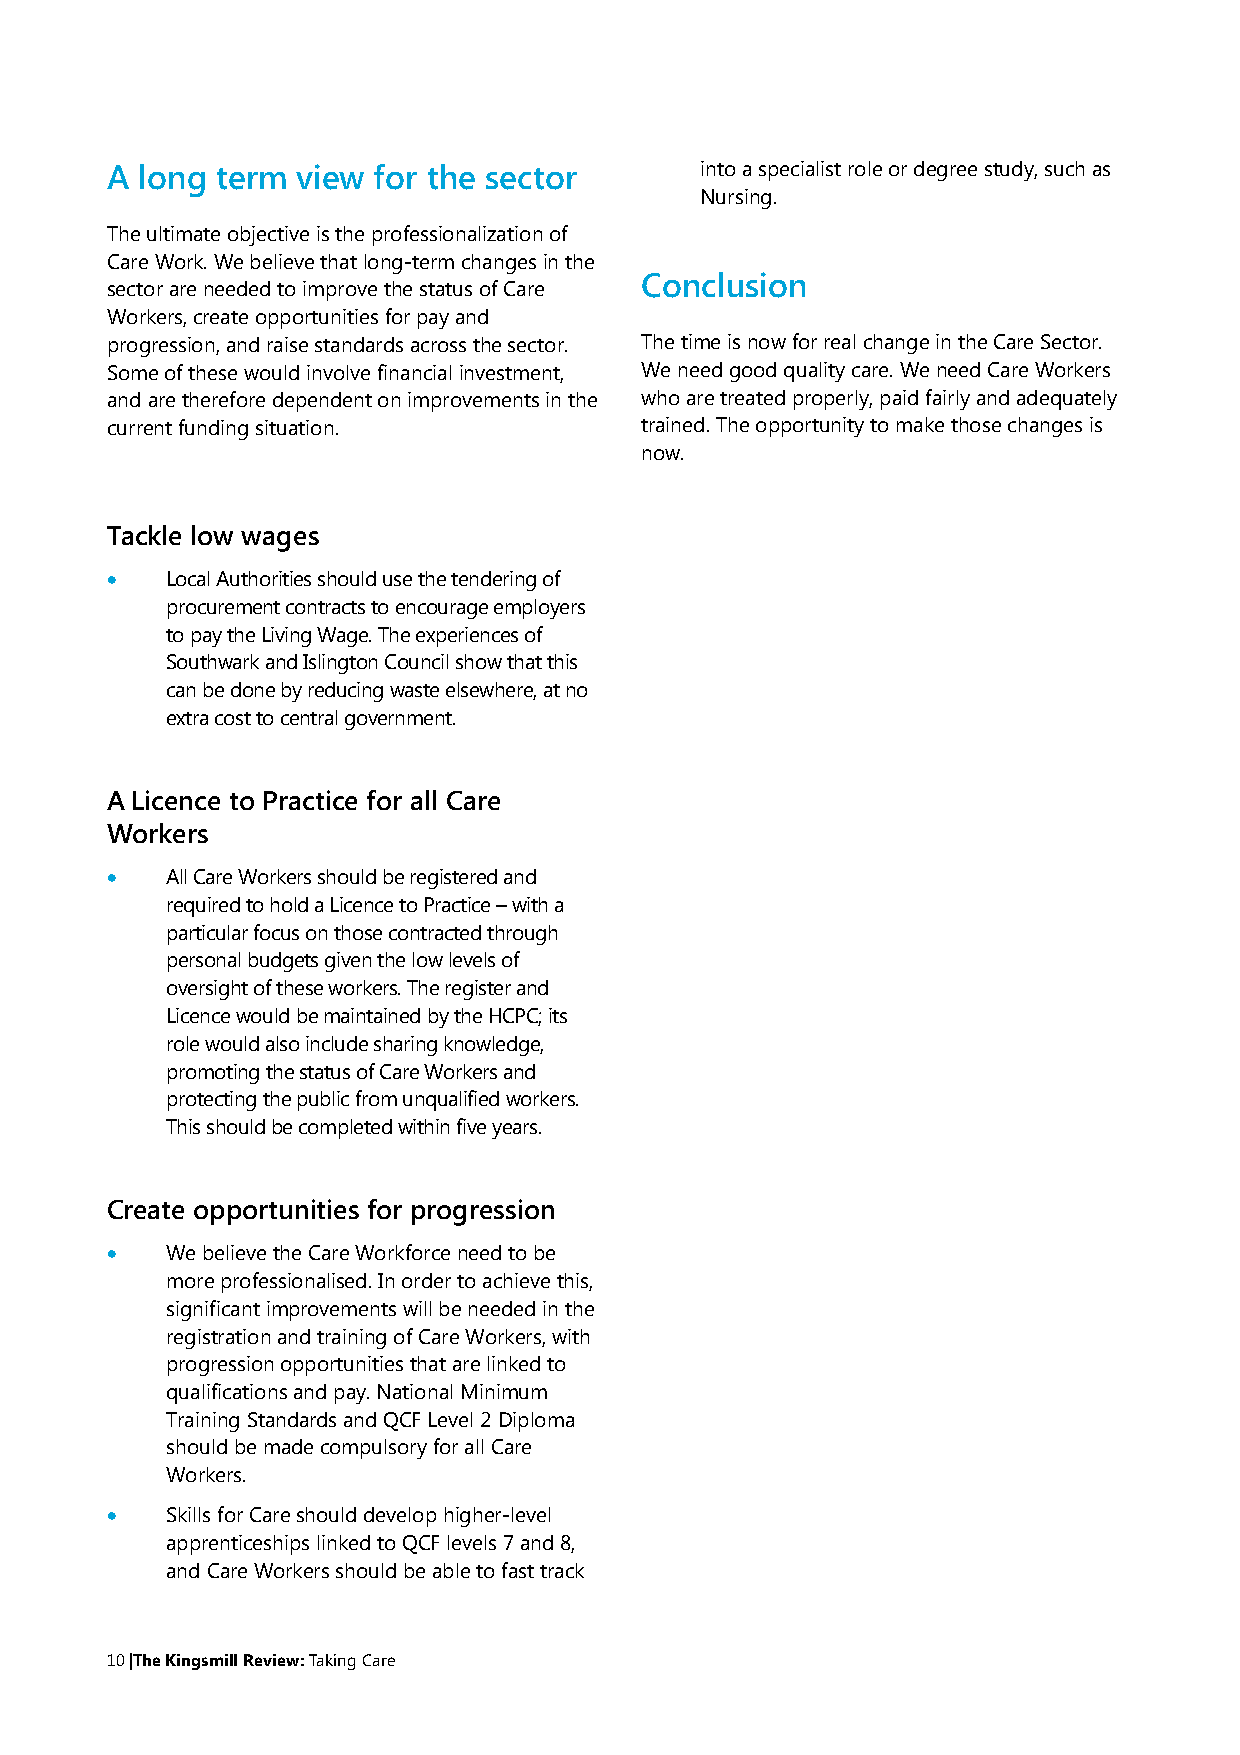
A long term  view for the sector       intoaspecialistroleordegreestudy,suchas
 Nursing.
 Theultimateobjectiveistheprofessionalizationof
 CareWork.Webelievethatlong-termchangesinthe
 Conclusion
 sectorareneededtoimprovethestatusofCare
 Workers,createopportunitiesforpayand
 progression,andraisestandardsacrossthesector. ThetimeisnowforrealchangeintheCareSector.
 Someofthesewouldinvolvefinancialinvestment, Weneedgoodqualitycare.WeneedCareWorkers
 andarethereforedependentonimprovementsinthe whoaretreatedproperly,paidfairlyandadequately
 currentfundingsituation.           trained.Theopportunitytomakethosechangesis
 now.
 Tackle low wages
    LocalAuthoritiesshouldusethetenderingof
 procurementcontractstoencourageemployers
 topaytheLivingWage.Theexperiencesof
 SouthwarkandIslingtonCouncilshowthatthis
 canbedonebyreducingwasteelsewhere,atno
 extracosttocentralgovernment.
 A Licence to Practice for all Care
 Workers
    AllCareWorkersshouldberegisteredand
 requiredtoholdaLicencetoPractice–witha
 particularfocusonthosecontractedthrough
 personalbudgetsgiventhelowlevelsof
 oversightoftheseworkers.Theregisterand
 LicencewouldbemaintainedbytheHCPC;its
 rolewouldalsoincludesharingknowledge,
 promotingthestatusofCareWorkersand
 protectingthepublicfromunqualifiedworkers.
 Thisshouldbecompletedwithinfiveyears.
 Create opportunities for progression
    WebelievetheCareWorkforceneedtobe
 moreprofessionalised.Inordertoachievethis,
 significantimprovementswillbeneededinthe
 registrationandtrainingofCareWorkers,with
 progressionopportunitiesthatarelinkedto
 qualificationsandpay.NationalMinimum
 TrainingStandardsandQCFLevel2Diploma
 shouldbemadecompulsoryforallCare
 Workers.
    SkillsforCareshoulddevelophigher-level
 apprenticeshipslinkedtoQCFlevels7and8,
 andCareWorkersshouldbeabletofasttrack
 10|TheKingsmillReview:TakingCare